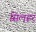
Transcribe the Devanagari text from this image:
सिलहर